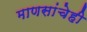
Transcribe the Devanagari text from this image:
माणसांचेही